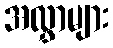
အလွှာများ